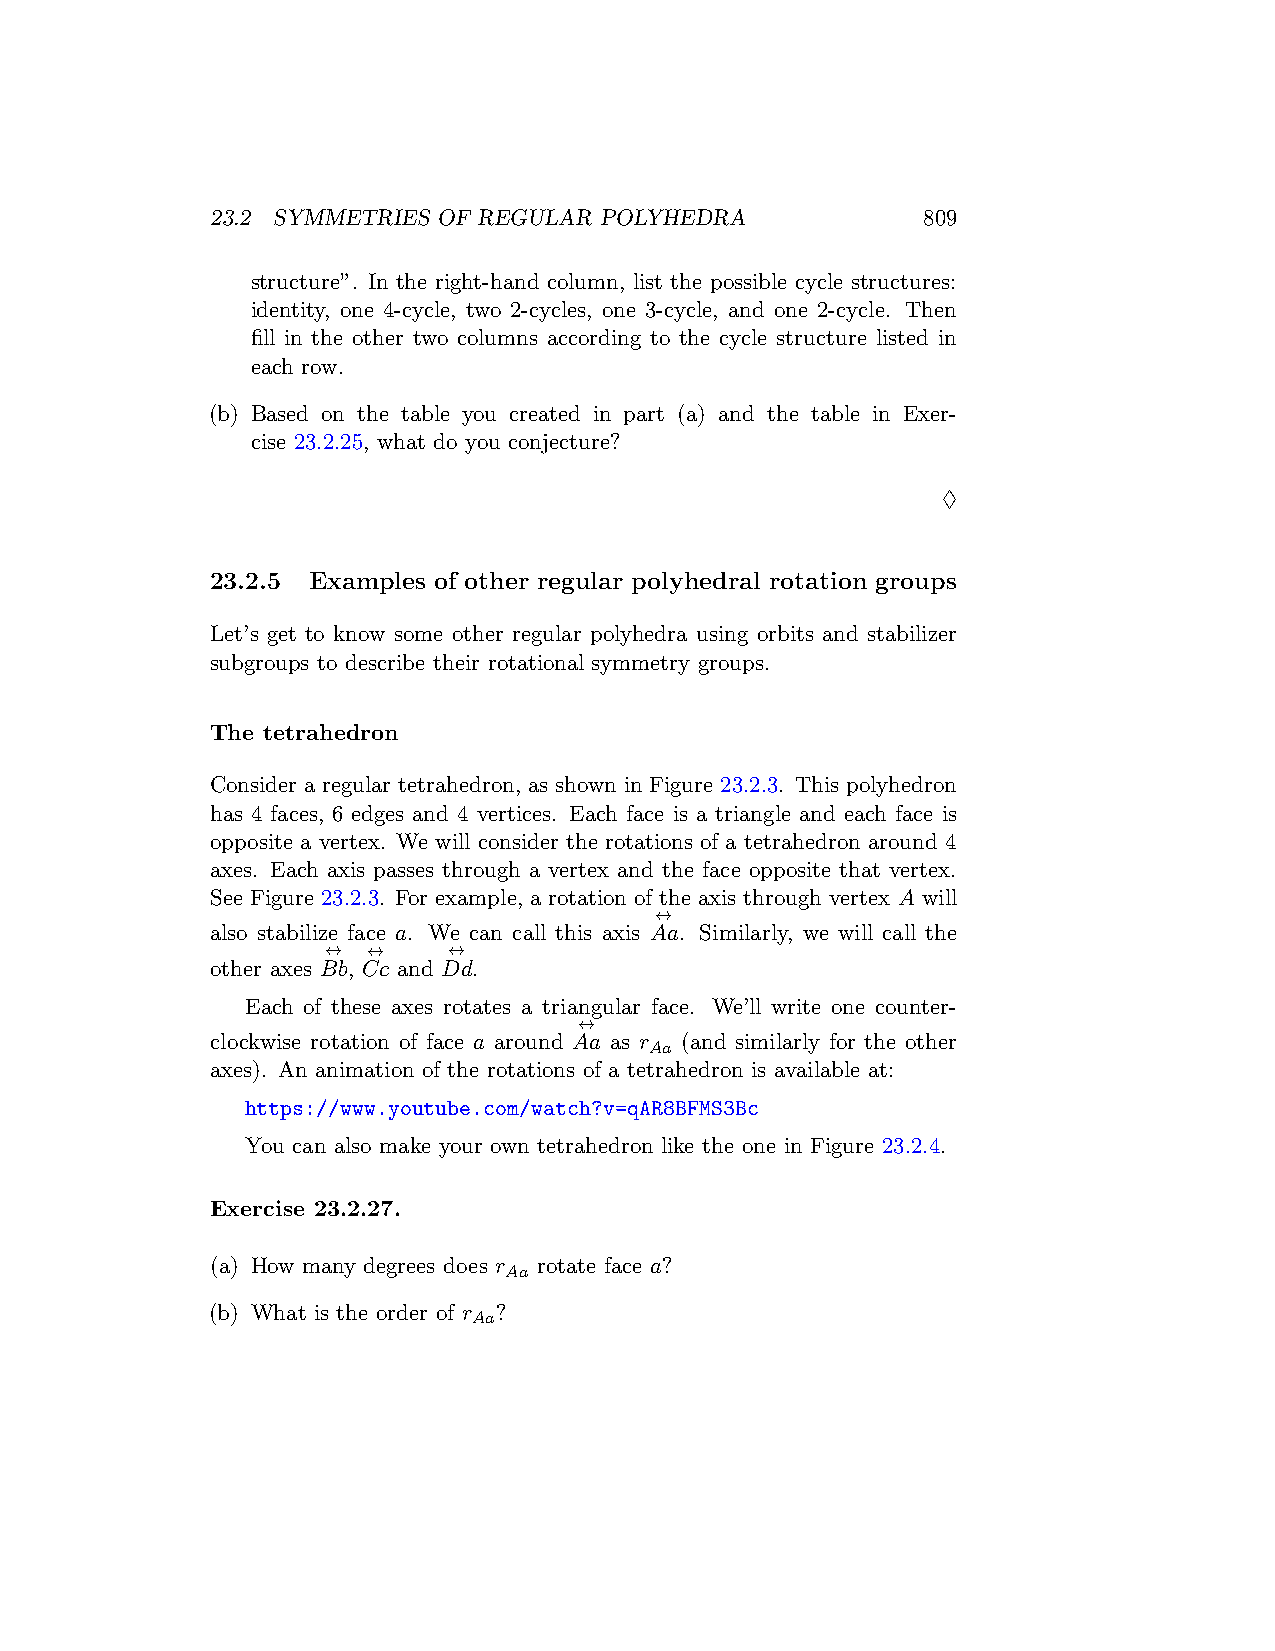
23.2 SYMMETRIES OF REGULAR POLYHEDRA           809
 structure”. In the right-hand column, list the possible cycle structures:
 identity, one 4-cycle, two 2-cycles, one 3-cycle, and one 2-cycle. Then
 fill in the other two columns according to the cycle structure listed in
 each row.
 (b) Based on the table you created in part (a) and the table in Exer-
 cise 23.2.25, what do you conjecture?
 ♢
 23.2.5 Examples of other regular polyhedral rotation groups
 Let’s get to know some other regular polyhedra using orbits and stabilizer
 subgroups to describe their rotational symmetry groups.
 The tetrahedron
 Consider a regular tetrahedron, as shown in Figure 23.2.3. This polyhedron
 has 4 faces, 6 edges and 4 vertices. Each face is a triangle and each face is
 opposite a vertex. We will consider the rotations of a tetrahedron around 4
 axes. Each axis passes through a vertex and the face opposite that vertex.
 See Figure 23.2.3. For example, a rotation of the axis through vertex A will
 ↔
 also stabilize face a. We can call this axis Aa. Similarly, we will call the
 ↔ ↔     ↔
 other axes Bb, Cc and Dd.
 Each of these axes rotates a triangular face. We’ll write one counter-
 ↔
 clockwise rotation of face a around Aa as r (and similarly for the other
 Aa
 axes). An animation of the rotations of a tetrahedron is available at:
 https://www.youtube.com/watch?v=qAR8BFMS3Bc
 You can also make your own tetrahedron like the one in Figure 23.2.4.
 Exercise 23.2.27.
 (a) How many degrees does r rotate face a?
 Aa
 (b) What is the order of r ?
 Aa